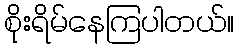
စိုးရိမ်နေကြပါတယ်။